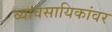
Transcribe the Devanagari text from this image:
व्यावसायिकांवर